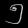
Digit: ၅